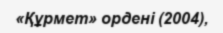
«Құрмет» ордені (2004),